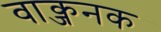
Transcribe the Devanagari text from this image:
वाक्जनक